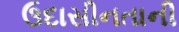
ઉદાસીનતાની